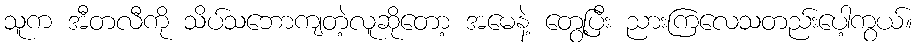
သူက အီတလီကို သိပ်သဘောကျတဲ့လူဆိုတော့ အမေနဲ့ တွေ့ပြီး ညားကြလေသတည်းပေါ့ကွယ်။